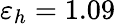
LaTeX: \varepsilon_{h}=1.09